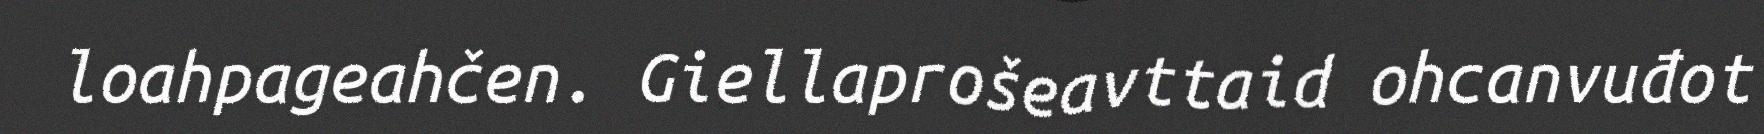
loahpageahčen. Giellaprošeavttaid ohcanvuđot